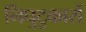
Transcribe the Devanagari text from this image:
निघुटुकारों